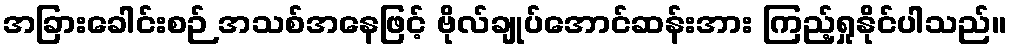
အခြားခေါင်းစဉ် အသစ်အနေဖြင့် ဗိုလ်ချုပ်အောင်ဆန်းအား ကြည့်ရှုနိုင်ပါသည်။